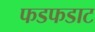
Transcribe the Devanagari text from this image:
फडफडाट